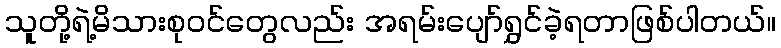
သူတို့ရဲ့မိသားစုဝင်တွေလည်း အရမ်းပျော်ရွှင်ခဲ့ရတာဖြစ်ပါတယ်။